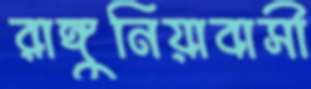
রাঙ্গুনিয়াবাসী